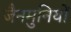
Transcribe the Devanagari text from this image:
जैनमुनियों